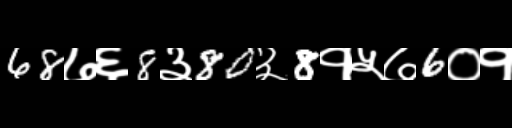
Text: 68७६8३80३8१५७6०१